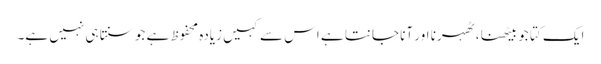
ایک کتا جو بیٹھنا ، ٹھہرنا اور آنا جانتا ہے اس سے کہیں زیادہ محفوظ ہے جو سنتا ہی نہیں ہے۔